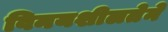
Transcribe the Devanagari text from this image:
विनयशीलतेने